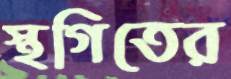
স্থগিতের